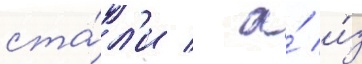
ста́л'и / а́ и́з